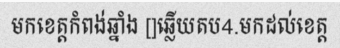
មកខេត្តកំពង់ឆ្នាំង []ឆ្លើយតប4.មកដល់ខេត្ត